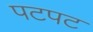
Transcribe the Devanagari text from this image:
पटपट